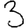
Digit: 3